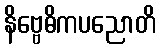
နိဗ္ဗေဓိကပညောတိ